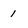
Character: 1